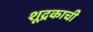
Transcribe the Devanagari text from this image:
शूद्रकाची